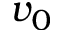
v _ { 0 }